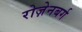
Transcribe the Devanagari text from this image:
रोज़ेनबर्ग